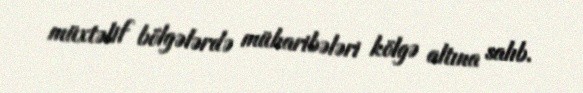
müxtəlif bölgələrdə müharibələri kölgə altına salıb.